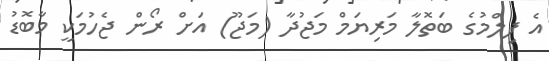
އެ ފިލްމުގެ ބަތޮލާ މަރިޔަމް މަޖުދާ (މަޖޫ) އަށް ރޯން ޖެހުމަކީ މާބޮޑު